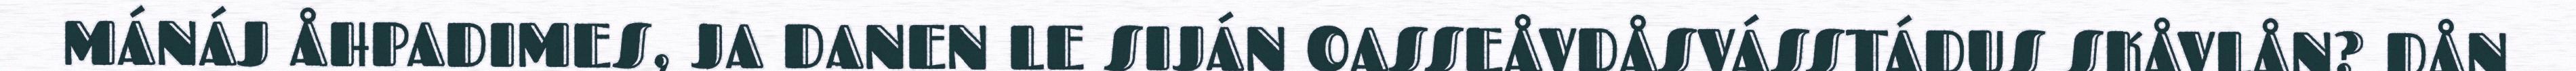
MÁNÁJ ÅHPADIMES, JA DANEN LE SIJÁN OASSEÅVDÅSVÁSSTÁDUS SKÅVLÅN? DÅN